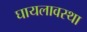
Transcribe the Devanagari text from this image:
घायलावस्था